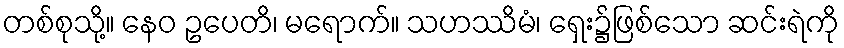
တစ်စုသို့။ နေဝ ဥပေတိ၊ မရောက်။ သဟဿိမံ၊ ရှေး၌ဖြစ်သော ဆင်းရဲကို